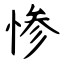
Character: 惨